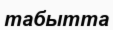
табытта